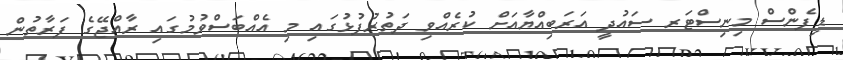
ޑިފެންސް މިނިސްޓަރ ސައުދީ އަރަބިއްޔާއަށް ކުރެއްވި ދަތުރުފުޅުގައި މި އެއްބަސްވުމުގައި ރާއްޖޭގެ ފަރާތުން